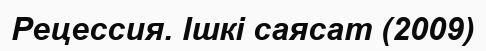
Рецессия. Ішкі саясат (2009)